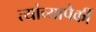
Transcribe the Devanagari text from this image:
त्यांच्यापैकीं